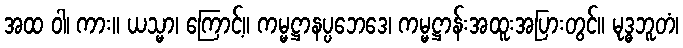
အထ ဝါ၊ ကား။ ယသ္မာ၊ ကြောင့်။ ကမ္မဋ္ဌာနပ္ပဘေဒေ၊ ကမ္မဋ္ဌာန်းအထူးအပြားတွင်။ မုဒ္ဓဘူတံ၊